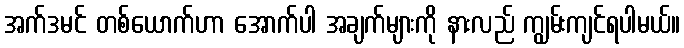
အက်ဒမင် တစ်ယောက်ဟာ အောက်ပါ အချက်များကို နားလည် ကျွမ်းကျင်ရပါမယ်။